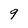
Character: 9